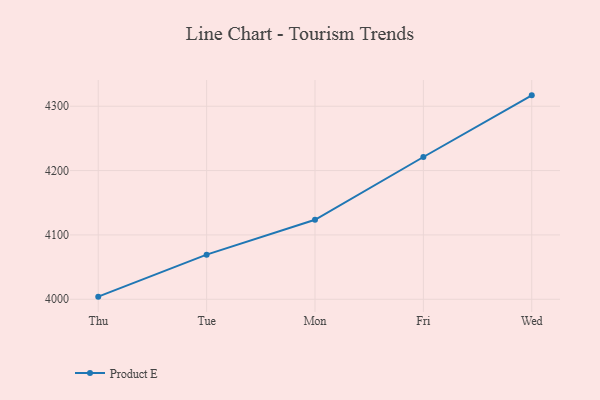
{"axis": {"x": "Day", "y": "Net Income (USD K)"}, "legend": ["Product E"], "data": [{"x": "Thu", "y": 4004.1, "type": "Product E"}, {"x": "Tue", "y": 4069.4, "type": "Product E"}, {"x": "Mon", "y": 4123.6, "type": "Product E"}, {"x": "Fri", "y": 4221.1, "type": "Product E"}, {"x": "Wed", "y": 4316.9, "type": "Product E"}]}